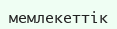
мемлекеттік